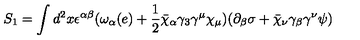
S _ { 1 } = \int d ^ { 2 } x \epsilon ^ { \alpha \beta } ( \omega _ { \alpha } ( e ) + \frac { 1 } { 2 } \bar { \chi } _ { \alpha } \gamma _ { 3 } \gamma ^ { \mu } \chi _ { \mu } ) ( \partial _ { \beta } \sigma + \bar { \chi } _ { \nu } \gamma _ { \beta } \gamma ^ { \nu } \psi )